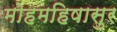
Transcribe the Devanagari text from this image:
मोहमहिषासुर